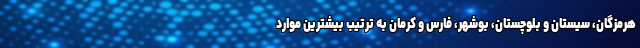
هرمزگان، سیستان و بلوچستان، بوشهر، فارس و کرمان به ترتیب بیشترین موارد